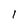
Character: I